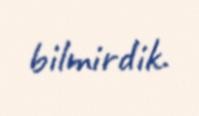
bilmirdik.